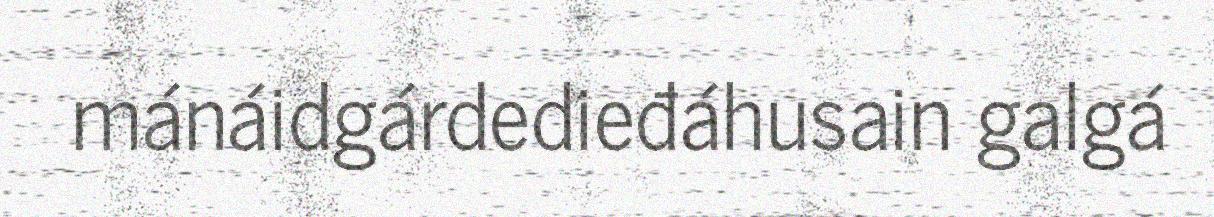
mánáidgárdedieđáhusain galgá